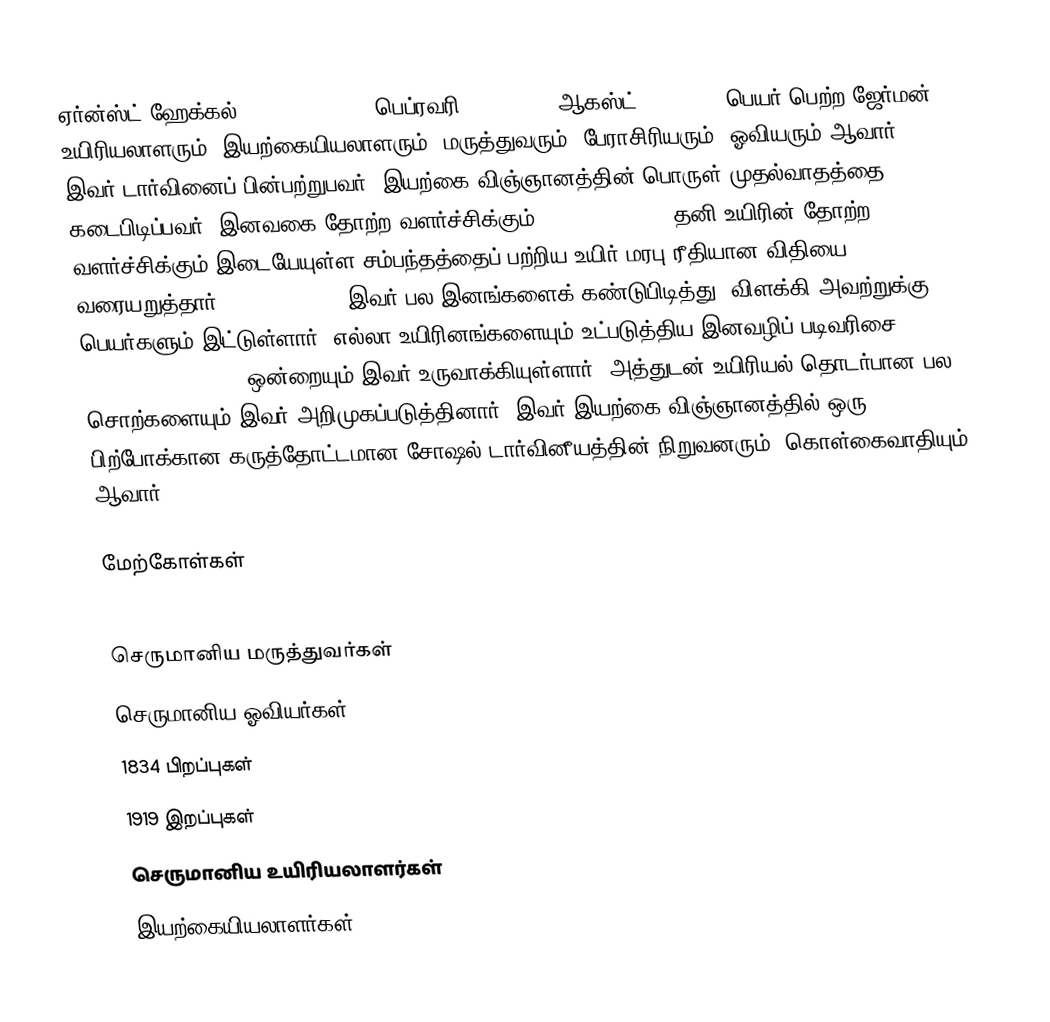
ஏர்ன்ஸ்ட் ஹேக்கல் (Ernst Haeckel, பெப்ரவரி 16, 1834 — ஆகஸ்ட் 9, 1919), பெயர் பெற்ற ஜேர்மன் உயிரியலாளரும், இயற்கையியலாளரும், மருத்துவரும், பேராசிரியரும், ஓவியரும் ஆவார். இவர் டார்வினைப் பின்பற்றுபவர், இயற்கை விஞ்ஞானத்தின் பொருள் முதல்வாதத்தை கடைபிடிப்பவர். இனவகை தோற்ற வளர்ச்சிக்கும் (phylogenesis), தனி உயிரின் தோற்ற வளர்ச்சிக்கும் இடையேயுள்ள சம்பந்தத்தைப் பற்றிய உயிர் மரபு ரீதியான விதியை வரையறுத்தார். (ontogenesis) இவர் பல இனங்களைக் கண்டுபிடித்து, விளக்கி அவற்றுக்கு பெயர்களும் இட்டுள்ளார். எல்லா உயிரினங்களையும் உட்படுத்திய இனவழிப் படிவரிசை (genealogical tree) ஒன்றையும் இவர் உருவாக்கியுள்ளார். அத்துடன் உயிரியல் தொடர்பான பல சொற்களையும் இவர் அறிமுகப்படுத்தினார். இவர் இயற்கை விஞ்ஞானத்தில் ஒரு பிற்போக்கான கருத்தோட்டமான சோஷல் டார்வினீயத்தின் நிறுவனரும், கொள்கைவாதியும் ஆவார்.

மேற்கோள்கள்

செருமானிய மருத்துவர்கள்
செருமானிய ஓவியர்கள்
1834 பிறப்புகள்
1919 இறப்புகள்
செருமானிய உயிரியலாளர்கள்
இயற்கையியலாளர்கள்